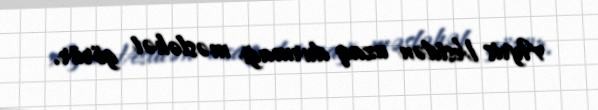
Ayris Vestdən uzaq durmağı məsləhət görür.